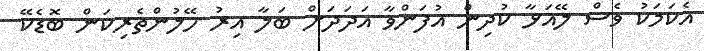
އެކަމަކު ވެސް ލޭއަޅާ ކުދިން އުފަންވާ އަދަދަށް ބަލާ އިރު ހޭލުންތެރިކަން ބޮޑެކޭ